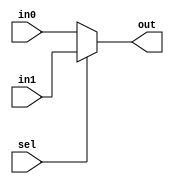
//----------------------------------------------------------------------------
module mux2X1 (in0, in1, sel, out);
    input in0;
    input in1;
    input sel;
    output out;

    assign out = (sel) ? in1 : in0;   
endmodule
//----------------------------------------------------------------------------
module mux2X2 (in0, in1, sel, out);
    input wire [1:0] in0, in1;
    input wire sel;
    output wire [1:0] out;

mux2X1 entity_1 (in0[0], in1[0], sel, out[0]);
mux2X1 entity_2 (in0[1], in1[1], sel, out[1]);
endmodule
//----------------------------------------------------------------------------
module mux2X4 (in0, in1, sel, out);
    input wire [3:0] in0, in1;
    input wire sel;
    output wire [3:0] out;

mux2X2 entity_3 (in0[1:0], in1[1:0], sel, out[1:0]);
mux2X2 entity_4 (in0[3:2], in1[3:2], sel, out[3:2]);
endmodule
//----------------------------------------------------------------------------
module mux2X8 (in0, in1, sel, out);
    input wire [7:0] in0, in1;
    input wire sel;
    output wire [7:0] out;

mux2X4 entity_5 (in0[3:0], in1[3:0], sel, out[3:0]);
mux2X4 entity_6 (in0[7:4], in1[7:4], sel, out[7:4]);
endmodule
//----------------------------------------------------------------------------
module mux2X16 (in0, in1, sel, out);
    input wire [15:0] in0, in1;
    input wire sel;
    output wire [15:0] out;

mux2X8 entity_7 (in0[7:0], in1[7:0], sel, out[7:0]);
mux2X8 entity_8 (in0[15:8], in1[15:8], sel, out[15:8]);
endmodule
//----------------------------------------------------------------------------
module mux2X24 (in0, in1, sel, out);
    input wire [23:0] in0, in1;
    input wire sel;
    output wire [23:0] out;

mux2X16 entity_9 (in0[15:0], in1[15:0], sel, out[15:0]);
mux2X8 entity_10 (in0[23:16], in1[23:16], sel, out[23:16]);
endmodule
//----------------------------------------------------------------------------
module mux2X32 (in0, in1, sel, out);
    input wire [31:0] in0, in1;
    input wire sel;
    output wire [31:0] out;

mux2X16 entity_11 (in0[15:0], in1[15:0], sel, out[15:0]);
mux2X16 entity_12 (in0[31:16], in1[31:16], sel, out[31:16]);
endmodule
//----------------------------------------------------------------------------
module mux2X48 (in0, in1, sel, out);
    input wire [47:0] in0, in1;
    input wire sel;
    output wire [47:0] out;

mux2X32 entity_13 (in0[31:0], in1[31:0], sel, out[31:0]);
mux2X16 entity_14 (in0[47:32], in1[47:32], sel, out[47:32]);
endmodule
//----------------------------------------------------------------------------
module mux2X64 (in0, in1, sel, out);
    input wire [63:0] in0, in1;
    input wire sel;
    output wire [63:0] out;

mux2X32 entity_15 (in0[31:0], in1[31:0], sel, out[31:0]);
mux2X32 entity_16 (in0[63:32], in1[63:32], sel, out[63:32]);
endmodule
//----------------------------------------------------------------------------
module mux2X48_tb;
    reg [24:0] in0, in1;
    reg sel;
    wire [24:0] out;

mux2X25 uut (in0, in1, sel, out);
    initial begin
        #10
        in0 = 25'd1010;
        in1 = 25'd1001;
        sel = 0;
    end
endmodule
//----------------------------------------------------------------------------
module mux2X25 (in0, in1, sel, out);
    input wire [24:0] in0, in1;
    input wire sel;
    output wire [24:0] out;

mux2X16 entity_17 (in0[15:0], in1[15:0], sel, out[15:0]);
mux2X8 entity_18 (in0[23:16], in1[23:16], sel, out[23:16]);     
mux2X1 entity_19 (in0[24], in1[24], sel, out[24]);
endmodule
//----------------------------------------------------------------------------